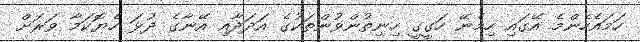
ހަމައެހެންމެ އޭގައި ހިމެނޭ ހަގީގީ ހިނިތުންވުންތަކުގެ އަދަދާއި އޭނާގެ ދުޅަ ހެޔޮކަމާ ވަރަށް